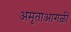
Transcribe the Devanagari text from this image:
अमृताआगळीं